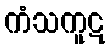
ကံသကူဋ